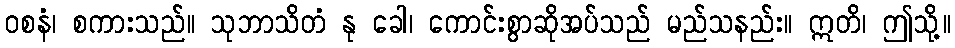
ဝစနံ၊ စကားသည်။ သုဘာသိတံ နု ခေါ၊ ကောင်းစွာဆိုအပ်သည် မည်သနည်း။ ဣတိ၊ ဤသို့။